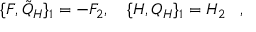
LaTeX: \{ F , { \tilde { Q } } _ { H } \} _ { 1 } = - F _ { 2 } , \quad \{ H , Q _ { H } \} _ { 1 } = H _ { 2 } \, \, \, \, \, ,